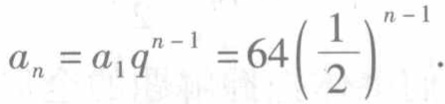
\(a_{n}=a_{1}q^{n - 1}=64\left(\frac{1}{2}\right)^{n - 1}\)